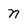
Character: n